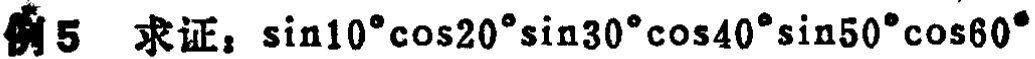
例5 求证：\(\sin10^{\circ}\cos20^{\circ}\sin30^{\circ}\cos40^{\circ}\sin50^{\circ}\cos60^{\circ}\)